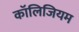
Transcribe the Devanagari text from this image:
कॉलिजियम